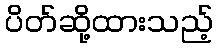
ပိတ်ဆို့ထားသည့်